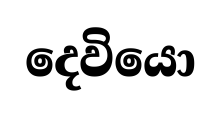
දෙවියො